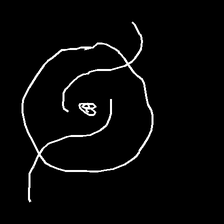
Glyph: repetition